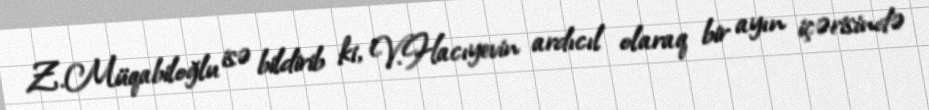
Z.Müqabiloğlu isə bildirib ki, V.Hacıyevin ardıcıl olaraq bir ayın içərisində